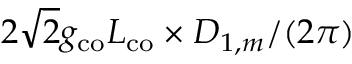
2 \sqrt { 2 } g _ { \mathrm { c o } } L _ { \mathrm { c o } } \times D _ { 1 , m } / ( 2 \pi )